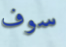
سوف